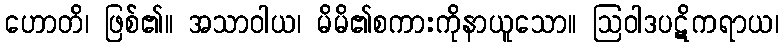
ဟောတိ၊ ဖြစ်၏။ အသာဝါယ၊ မိမိ၏စကားကိုနာယူသော။ ဩဝါဒပဋိကရာယ၊